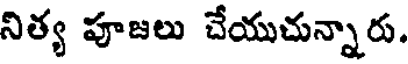
నిత్య పూజలు చేయుచున్నారు.